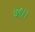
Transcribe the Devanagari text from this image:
७९।।